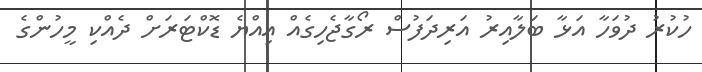
ހުކުރު ދުވަހާ އަޅާ ބަލާއިރު އަރިދަފުސް ރޯގާޖެހިގެއް އިއްޔެ ޑޮކްޓަރަށް ދެއްކި މީހުންގެ